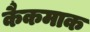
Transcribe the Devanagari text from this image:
कैकमाक